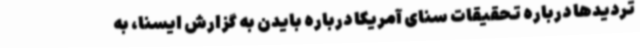
تردیدها درباره تحقیقات سنای آمریکا درباره بایدن به گزارش ایسنا، به